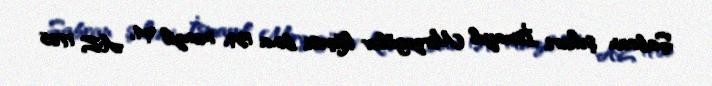
Şabran şəhəri, İsmayıl Mirzəgülov küçəsi, bina 139, mənzil 94, AZ 1705